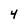
Character: 4